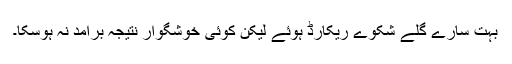
بہت سارے گلے شکوے ریکارڈ ہوئے لیکن کوئی خوشگوار نتیجہ برآمد نہ ہوسکا۔